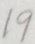
1 9